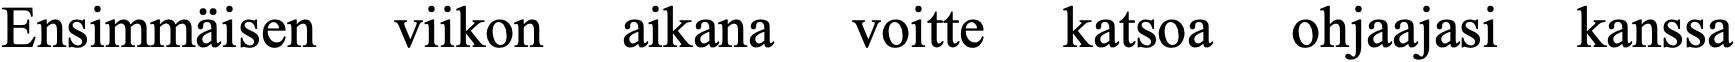
Ensimmäisen  viikon  aikana  voitte katsoa ohjaajasi kanssa